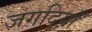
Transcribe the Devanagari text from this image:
जगदियाँ